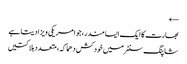
←
بھارت کا ایک ایسا مندر، جو امریکی ویزا دیتا ہے
شاپنگ سنٹرمیں خودکش دھماکہ، متعدد ہلاکتیں